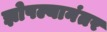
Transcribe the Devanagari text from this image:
झोपल्यानंतर